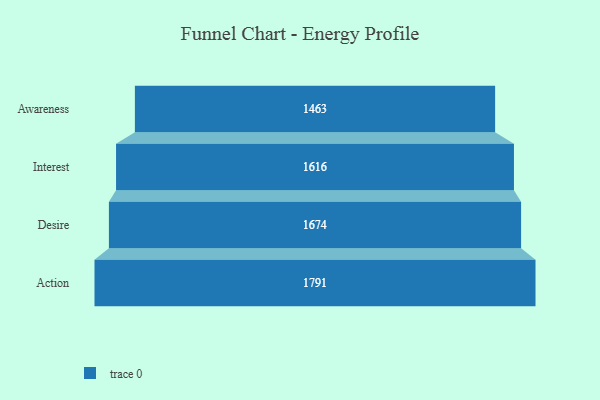
{"axis": {"x": "Stage", "y": "Value"}, "legend": [""], "data": [{"x": "Awareness", "y": 1463.0, "type": ""}, {"x": "Interest", "y": 1616.0, "type": ""}, {"x": "Desire", "y": 1674.0, "type": ""}, {"x": "Action", "y": 1791.0, "type": ""}]}